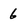
Character: 6